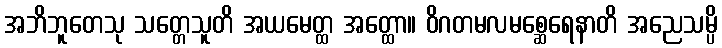
အဘိဘူတေသု သတ္တေသူတိ အယမေတ္ထ အတ္ထော။ ဝိဂတမလမစ္ဆေရေနာတိ အညေသမ္ပိ